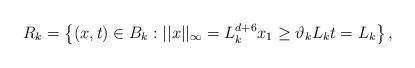
LaTeX: \begin{align*}R_{k} =\left\{(x,t) \in B_{k}: ||x||_{\infty}=L_{k}^{d+6} x_{1} \geq \vartheta_{k}L_{k} t=L_{k}\right\},\end{align*}